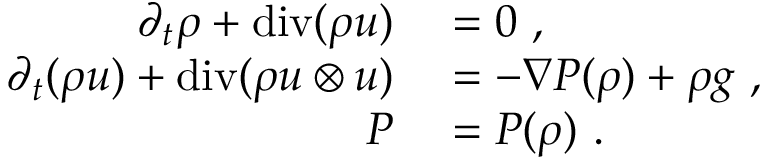
\begin{array} { r l } { \partial _ { t } \rho + \mathrm { d i v } ( \rho \boldsymbol { u } ) } & { { } = 0 \ , } \\ { \partial _ { t } ( \rho \boldsymbol { u } ) + \mathrm { d i v } ( \rho \boldsymbol { u } \otimes \boldsymbol { u } ) } & { { } = - \nabla P ( \rho ) + \rho \boldsymbol { g } \ , } \\ { P } & { { } = P ( \rho ) \ . } \end{array}